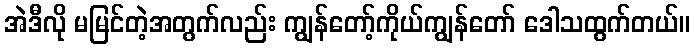
အဲဒီလို မမြင်တဲ့အတွက်လည်း ကျွန်တော့်ကိုယ်ကျွန်တော် ဒေါသထွက်တယ်။